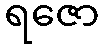
ရဇော